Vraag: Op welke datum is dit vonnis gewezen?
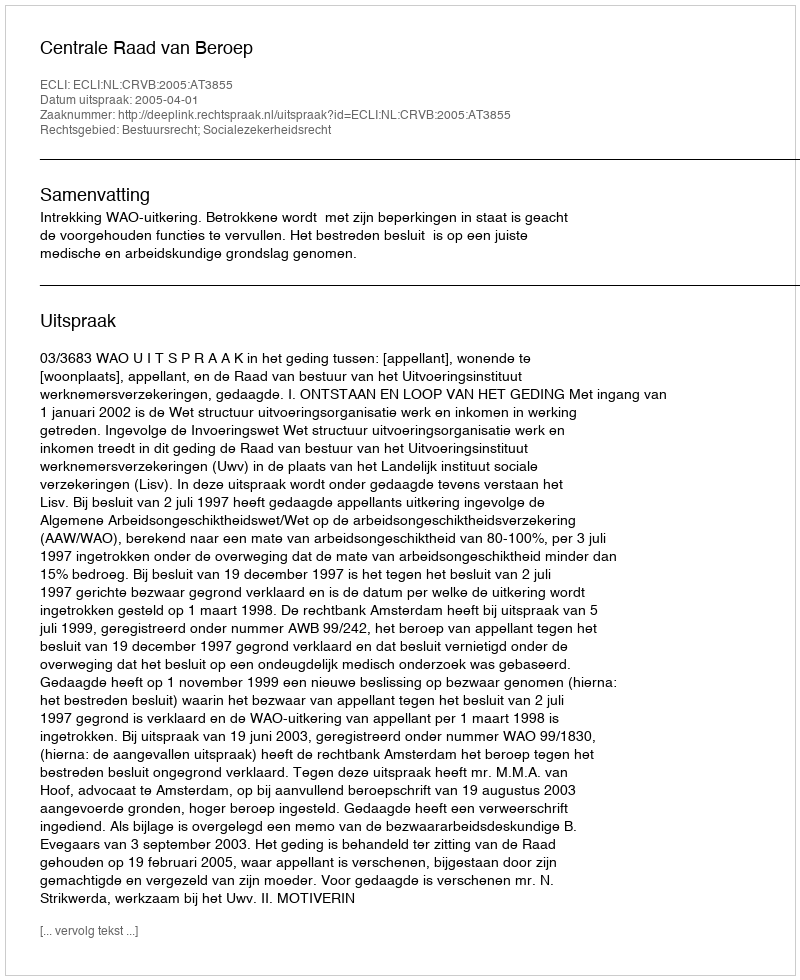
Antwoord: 2005-04-01